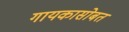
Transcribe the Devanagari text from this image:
गायकासोबत